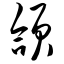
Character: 颌